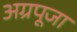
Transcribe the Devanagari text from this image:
अग्रपूजा